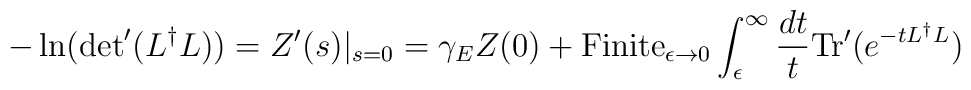
-\ln ({\det}' (L^{\dag}L)) = Z'(s) |_{s=0} =\gamma_{E} Z(0) +{\mbox{Finite}}_{\epsilon \rightarrow 0}\int_{\epsilon}^{\infty} \frac{dt}{t} \mbox{Tr}'(e^{-tL^{\dag}L})